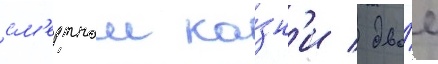
см'ертнои ка́зн'и / дво́е